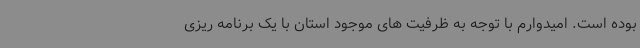
بوده است. امیدوارم با توجه به ظرفیت های موجود استان با یک برنامه ریزی